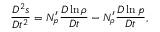
\frac { D ^ { 2 } s } { D t ^ { 2 } } = N _ { p } ^ { \prime } \frac { D \ln \rho } { D t } - N _ { \rho } ^ { \prime } \frac { D \ln p } { D t } ,